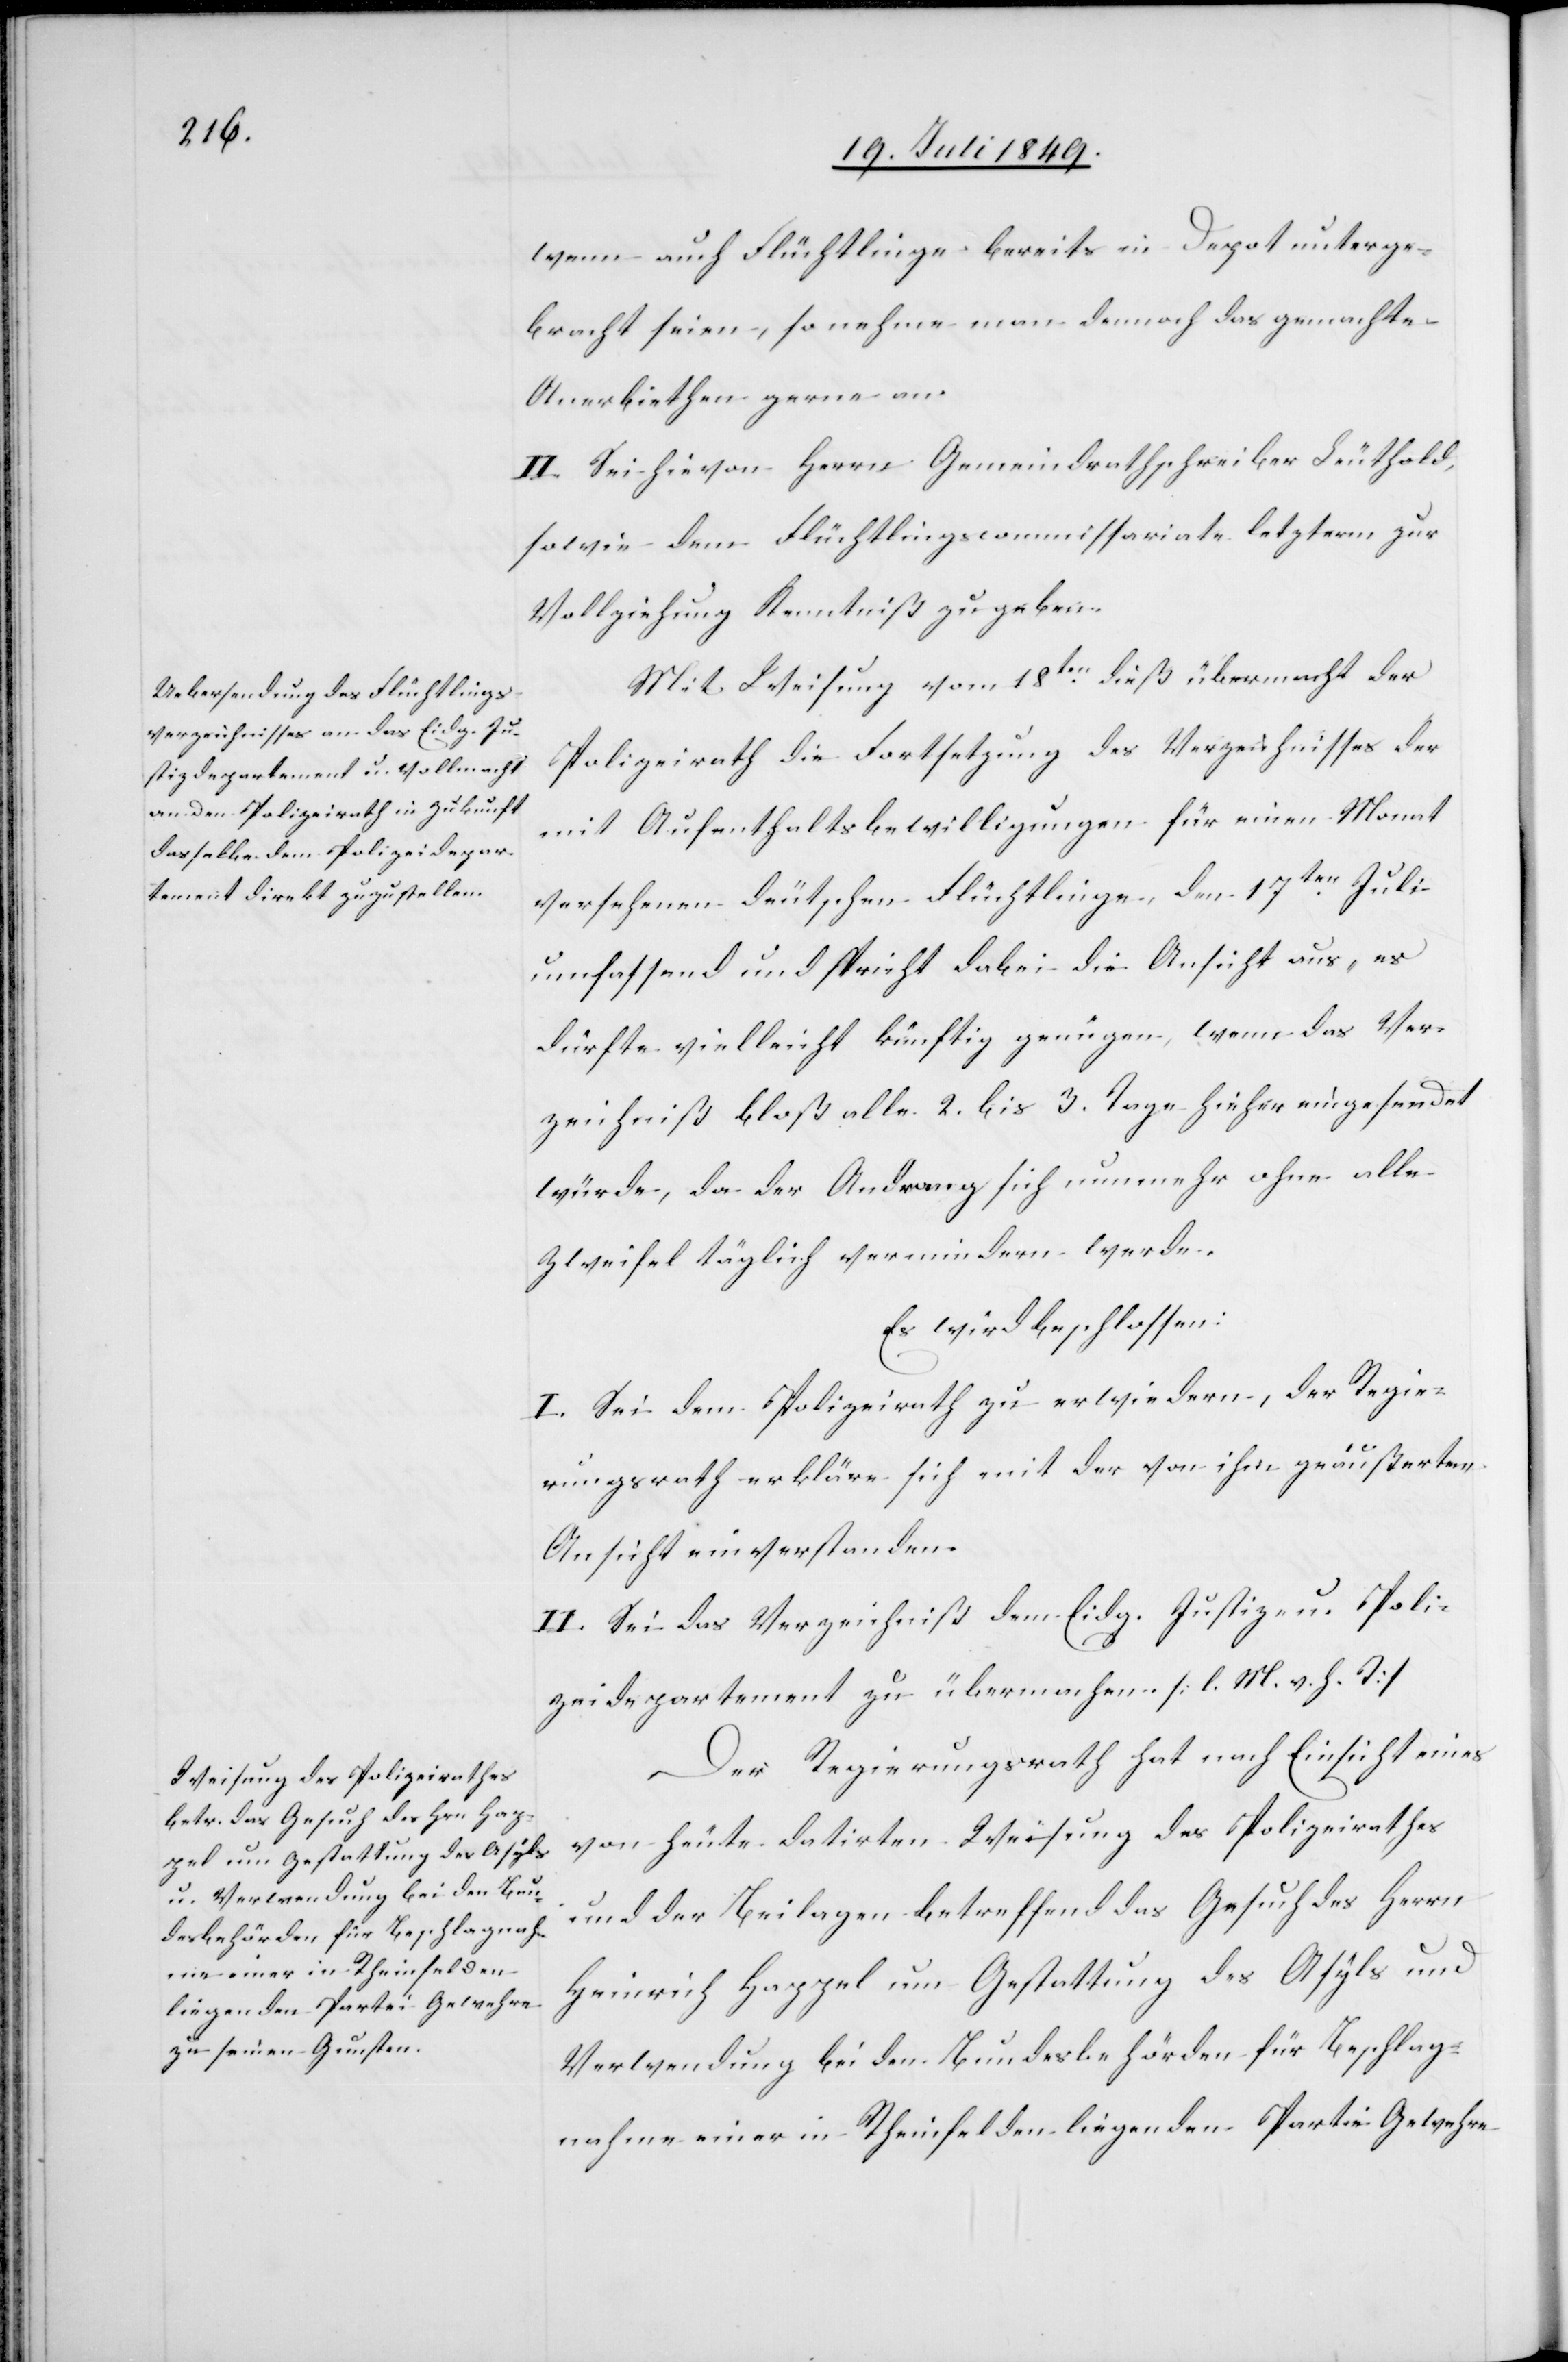
wenn auch Flüchtlinge bereits in Depot unterge¬
bracht seien, so nehme man demnach das gemachte
Anerbiethen gerne an.
II. Sich hievon Herrn Gemeindrathschreiber Leuthold
sowie dem Flüchtlingscommissariate letzterm zur
Vollziehung Kenntniß zu geben.
Mit Weisung vom 18ten dieß übermacht der
Polizeirath die Fortsetzung des Verzeichnisses der
mit Aufenthaltsbewilligungen für einen Monat
versehenen deutschen Flüchtlinge, den 17ten Juli
umfassend und spricht dabei die Ansicht aus, es
dürfte vielleicht künftig genügen, wenn das Ver¬
zeichniß bloß alle 2. bis 3. Tage hieher eingesendet
würde, da der Andrang sich nunmehr ohne alle
Zweifel täglich vermindern werde.
Es wird beschlossen:
I. Sei dem Polizeirath zu erwiedern, der Regie¬
rungsrath erkläre sich mit der von ihm geäußerten
Ansicht einverstanden.
II. Sei das Verzeichniß dem Eidg. Justiz- u. Poli¬
zeidepartement zu übermachen. [l. M. v. h. T]
Der Regierungsrath hat nach Einsicht eines
von heute datirten Weisung des Polizeirathes
und der Beilagen betreffend das Gesuch des Herrn
Heinrich Happel um Gestattung des Asyls und
Verwendung beiden Bundesbehörden für Beschlag¬
nahme einer in Rheinfelden liegenden Partei Gewehre